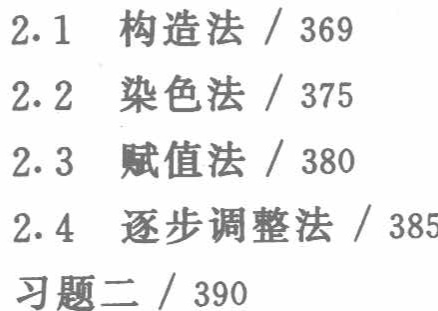
2.1 构造法 / 369\\
2.2 染色法 / 375\\
2.3 赋值法 / 380\\
2.4 逐步调整法 / 385\\
习题二 / 390